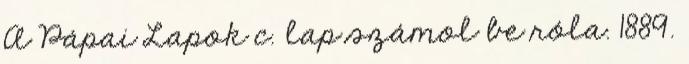
A Pápai Lapok c. lap számol be róla. 1889.